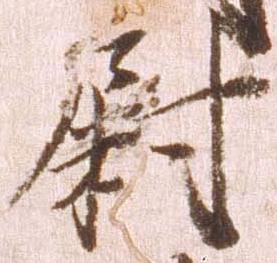
尉